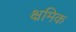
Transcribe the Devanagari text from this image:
क्ष्रमिक